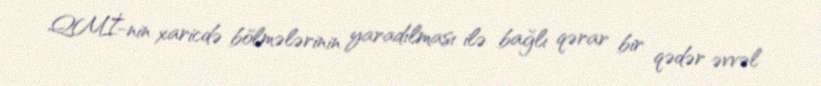
QMİ-nin xaricdə bölmələrinin yaradılması ilə bağlı qərar bir qədər əvvəl